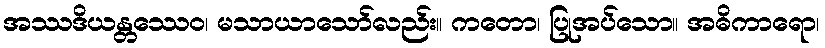
အဿဒိယန္တဿေဝ၊ မသာယာသော်လည်း။ ကတော၊ ပြုအပ်သော။ အဓိကာရော၊